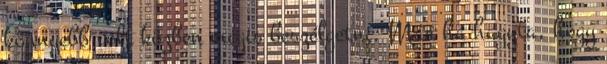
könnyebb volt közben mégis beszélgetni. Már ha hagyta, hogy